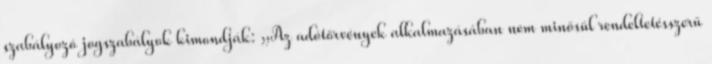
szabályozó jogszabályok kimondják: „Az adótörvények alkalmazásában nem minősül rendeltetésszerű